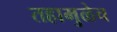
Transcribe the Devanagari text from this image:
तहामुळेच